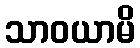
သာဝယာမိ